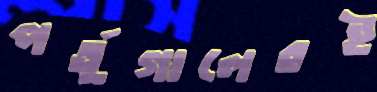
পর্তুগালেরই